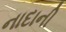
નાદાની